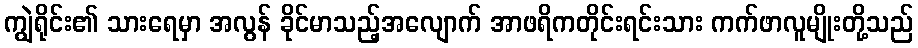
ကျွဲရိုင်း၏ သားရေမှာ အလွန် ခိုင်မာသည့်အလျောက် အာဖရိကတိုင်းရင်းသား ကက်ဖာလူမျိုးတို့သည်